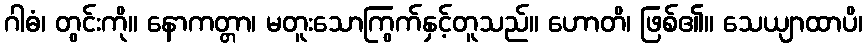
ဂါဓံ၊ တွင်းကို။ နောကတ္တာ၊ မတူးသောကြွက်နှင့်တူသည်။ ဟောတိ၊ ဖြစ်၏။ သေယျာထာပိ၊